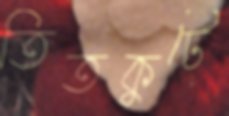
তিতকুটে